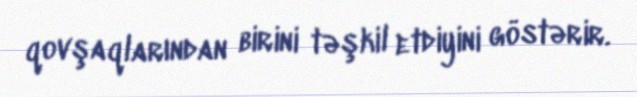
qovşaqlarından birini təşkil etdiyini göstərir.